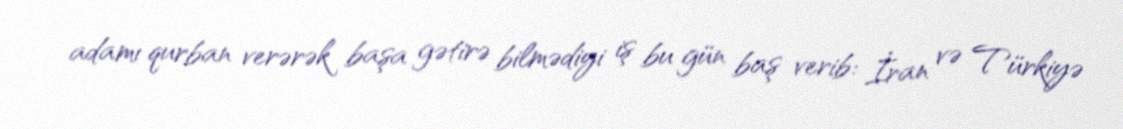
adamı qurban verərək başa gətirə bilmədiyi iş bu gün baş verib: İran və Türkiyə